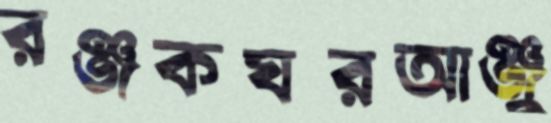
রঞ্জকঘরআঞ্জু